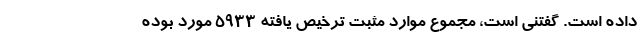
داده است. گفتنی است، مجموع موارد مثبت ترخیص‌ یافته ۵۹۳۳ مورد بوده